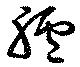
臚